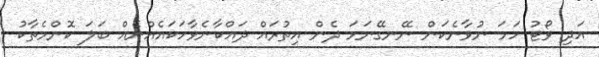
އަދި ވޯޓު ހަމަ ނުވާނެކަން ނޭނގޭނަމަ ދެން އިތުރައް ދައްކާނެވާހަކައެއްނެއް ބަލަ ކޮންމެތާކު